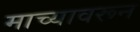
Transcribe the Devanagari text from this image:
माच्यावरून